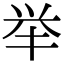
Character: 举